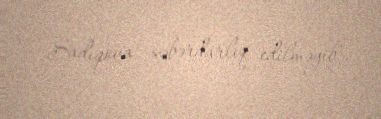
Sadıqova xəbərdarlıq edilməyib".